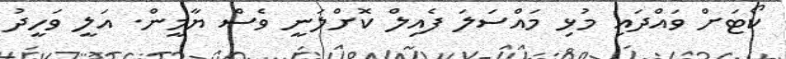
ކޯޓަށް ވައްދައި މުޅި މައްސަލަ ފެއިލް ކޮށްލަނީ ވެސް ޔާމީން. އަލީ ވަހީދު